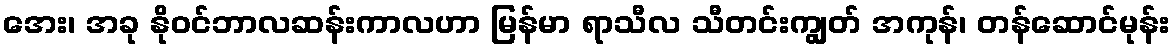
အေး၊ အခု နိုဝင်ဘာလဆန်းကာလဟာ မြန်မာ ရာသီလ သီတင်းကျွတ် အကုန်၊ တန်ဆောင်မုန်း